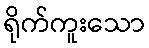
ရိုက်ကူးသော